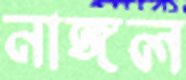
নাঙ্গল